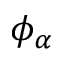
\phi _ { \alpha }